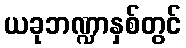
ယခုဘဏ္ဍာနှစ်တွင်